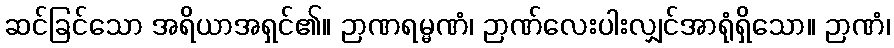
ဆင်ခြင်သော အရိယာအရှင်၏။ ဉာဏရမ္မဏံ၊ ဉာဏ်လေးပါးလျှင်အာရုံရှိသော။ ဉာဏံ၊